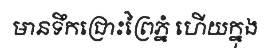
មានទឹកជ្រោះព្រៃភ្នំ ហើយក្នុង